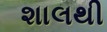
શાલથી